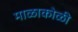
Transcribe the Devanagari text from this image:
माळाकोळी